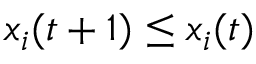
x _ { i } ( t + 1 ) \leq x _ { i } ( t )